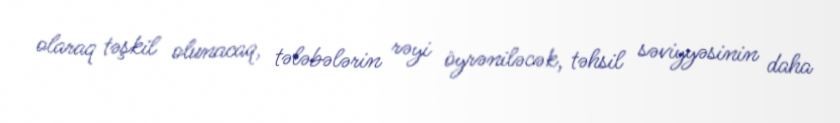
olaraq təşkil olunacaq, tələbələrin rəyi öyrəniləcək, təhsil səviyyəsinin daha